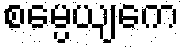
စမ္ပေယျကေ